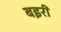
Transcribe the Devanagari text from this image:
बइरी